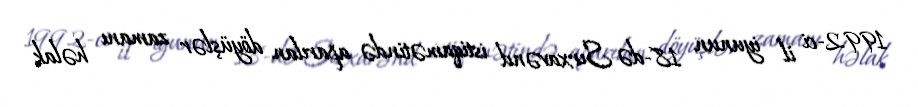
1992-ci il iyunun 18-də Sırxavənd istiqamətində aparılan döyüşlər zamanı həlak